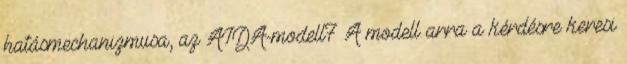
hatásmechanizmusa, az AIDA-modell7 A modell arra a kérdésre keresi